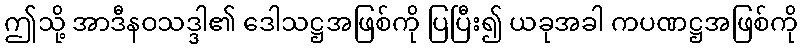
ဤသို့ အာဒီနဝသဒ္ဒါ၏ ဒေါသဋ္ဌအဖြစ်ကို ပြပြီး၍ ယခုအခါ ကပဏဋ္ဌအဖြစ်ကို